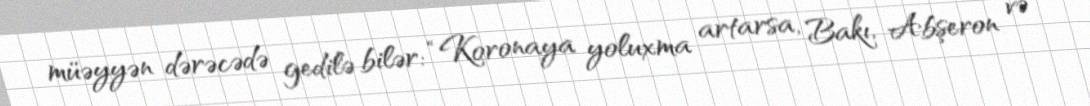
müəyyən dərəcədə gedilə bilər: “Koronaya yoluxma artarsa, Bakı, Abşeron və